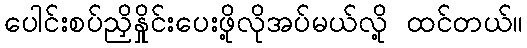
ပေါင်းစပ်ညှိနှိုင်းပေးဖို့လိုအပ်မယ်လို့ ထင်တယ်။